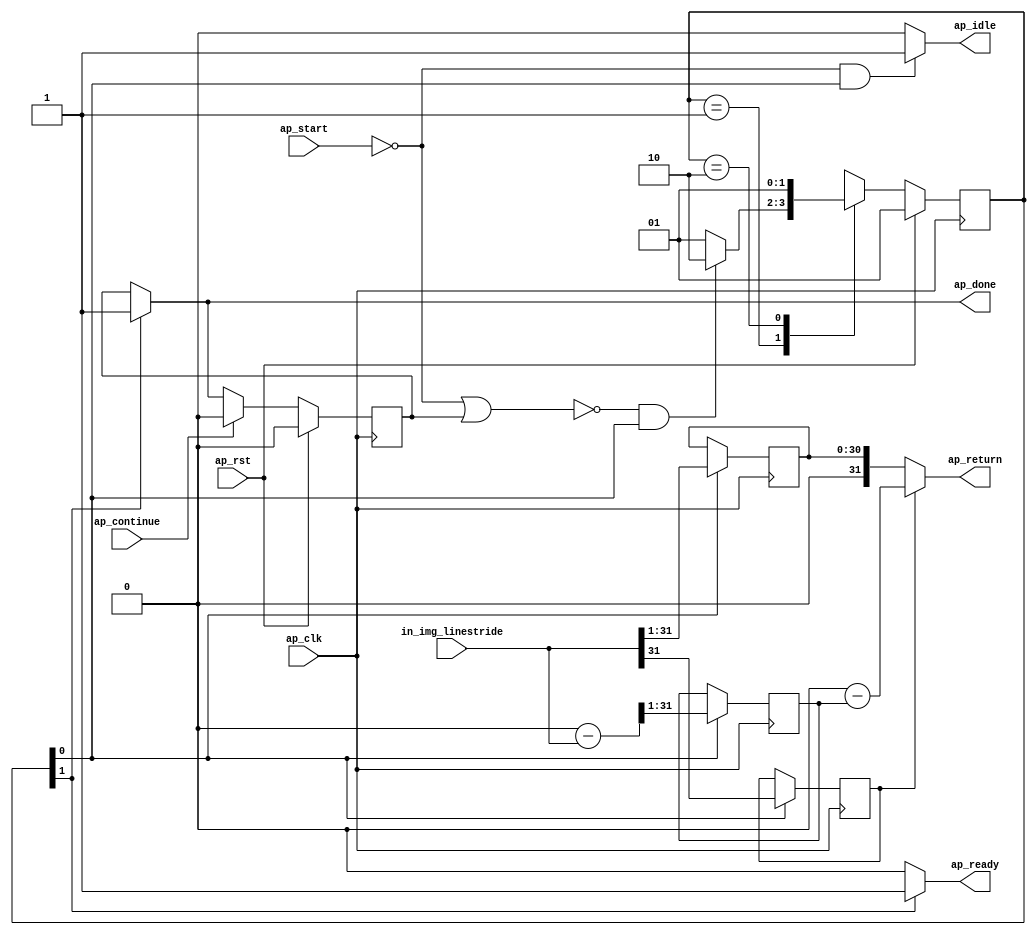
// Copyright (C) 2022, Advanced Micro Devices, Inc. All rights reserved.
// SPDX-License-Identifier: MIT
// ==============================================================
// Version: 2022.1
// 
// ===========================================================

`timescale 1 ns / 1 ps 

module pp_pipeline_accel_Block_entry2022_proc (
        ap_clk,
        ap_rst,
        ap_start,
        ap_done,
        ap_continue,
        ap_idle,
        ap_ready,
        in_img_linestride,
        ap_return
);

parameter    ap_ST_fsm_state1 = 2'd1;
parameter    ap_ST_fsm_state2 = 2'd2;

input   ap_clk;
input   ap_rst;
input   ap_start;
output   ap_done;
input   ap_continue;
output   ap_idle;
output   ap_ready;
input  [31:0] in_img_linestride;
output  [31:0] ap_return;

reg ap_done;
reg ap_idle;
reg ap_ready;

reg    ap_done_reg;
(* fsm_encoding = "none" *) reg   [1:0] ap_CS_fsm;
wire    ap_CS_fsm_state1;
reg   [0:0] tmp_reg_73;
reg   [30:0] lshr_ln59_1_reg_78;
reg   [30:0] lshr_ln59_2_reg_83;
reg    ap_block_state1;
wire   [31:0] sub_ln59_fu_28_p2;
wire    ap_CS_fsm_state2;
wire   [31:0] zext_ln59_fu_54_p1;
wire   [31:0] sub_ln59_1_fu_57_p2;
wire   [31:0] zext_ln59_1_fu_63_p1;
reg   [1:0] ap_NS_fsm;
reg    ap_ST_fsm_state1_blk;
wire    ap_ST_fsm_state2_blk;
wire    ap_ce_reg;

// power-on initialization
initial begin
#0 ap_done_reg = 1'b0;
#0 ap_CS_fsm = 2'd1;
end

always @ (posedge ap_clk) begin
    if (ap_rst == 1'b1) begin
        ap_CS_fsm <= ap_ST_fsm_state1;
    end else begin
        ap_CS_fsm <= ap_NS_fsm;
    end
end

always @ (posedge ap_clk) begin
    if (ap_rst == 1'b1) begin
        ap_done_reg <= 1'b0;
    end else begin
        if ((ap_continue == 1'b1)) begin
            ap_done_reg <= 1'b0;
        end else if ((1'b1 == ap_CS_fsm_state2)) begin
            ap_done_reg <= 1'b1;
        end
    end
end

always @ (posedge ap_clk) begin
    if ((1'b1 == ap_CS_fsm_state1)) begin
        lshr_ln59_1_reg_78 <= {{sub_ln59_fu_28_p2[31:1]}};
        lshr_ln59_2_reg_83 <= {{in_img_linestride[31:1]}};
        tmp_reg_73 <= in_img_linestride[32'd31];
    end
end

always @ (*) begin
    if (((ap_start == 1'b0) | (ap_done_reg == 1'b1))) begin
        ap_ST_fsm_state1_blk = 1'b1;
    end else begin
        ap_ST_fsm_state1_blk = 1'b0;
    end
end

assign ap_ST_fsm_state2_blk = 1'b0;

always @ (*) begin
    if ((1'b1 == ap_CS_fsm_state2)) begin
        ap_done = 1'b1;
    end else begin
        ap_done = ap_done_reg;
    end
end

always @ (*) begin
    if (((ap_start == 1'b0) & (1'b1 == ap_CS_fsm_state1))) begin
        ap_idle = 1'b1;
    end else begin
        ap_idle = 1'b0;
    end
end

always @ (*) begin
    if ((1'b1 == ap_CS_fsm_state2)) begin
        ap_ready = 1'b1;
    end else begin
        ap_ready = 1'b0;
    end
end

always @ (*) begin
    case (ap_CS_fsm)
        ap_ST_fsm_state1 : begin
            if ((~((ap_start == 1'b0) | (ap_done_reg == 1'b1)) & (1'b1 == ap_CS_fsm_state1))) begin
                ap_NS_fsm = ap_ST_fsm_state2;
            end else begin
                ap_NS_fsm = ap_ST_fsm_state1;
            end
        end
        ap_ST_fsm_state2 : begin
            ap_NS_fsm = ap_ST_fsm_state1;
        end
        default : begin
            ap_NS_fsm = 'bx;
        end
    endcase
end

assign ap_CS_fsm_state1 = ap_CS_fsm[32'd0];

assign ap_CS_fsm_state2 = ap_CS_fsm[32'd1];

always @ (*) begin
    ap_block_state1 = ((ap_start == 1'b0) | (ap_done_reg == 1'b1));
end

assign ap_return = ((tmp_reg_73[0:0] == 1'b1) ? sub_ln59_1_fu_57_p2 : zext_ln59_1_fu_63_p1);

assign sub_ln59_1_fu_57_p2 = (32'd0 - zext_ln59_fu_54_p1);

assign sub_ln59_fu_28_p2 = (32'd0 - in_img_linestride);

assign zext_ln59_1_fu_63_p1 = lshr_ln59_2_reg_83;

assign zext_ln59_fu_54_p1 = lshr_ln59_1_reg_78;

endmodule //pp_pipeline_accel_Block_entry2022_proc